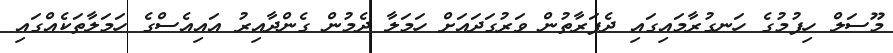
މޫސަލް ހިފުމުގެ ހަނގުރާމައިގައި ދެފަރާތުން ވަރުގަދައަށް ހަމަލާ ދެމުން ގެންދާއިރު އައިއެސްގެ ހަމަލާތަކެއްގައި